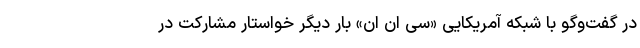
در گفت‌وگو با شبکه آمریکایی «سی ان ان» بار دیگر خواستار مشارکت در